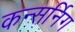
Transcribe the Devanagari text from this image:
कन्सर्निग